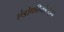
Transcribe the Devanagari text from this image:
एंडोफीनोटाइप